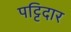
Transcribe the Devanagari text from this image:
पट्टिदार